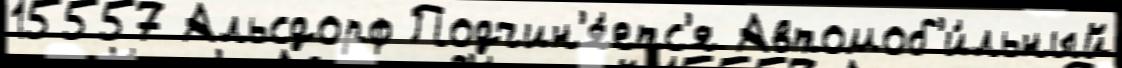
15557 Альсдорф Подчин'я́етс'я Автомоб'и́льный